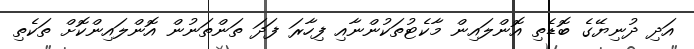
އަދި ދުނިޔޭގެ ބޮޑެތި އޮންލައިން މާކެޓުތަކުންނާއި ފިހާރަ ފަދަ ތަންތަނުން އޮންލައިންކޮށް ތަކެތި